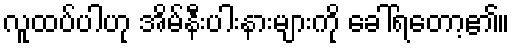
လူထပ်ပါဟု အိမ်နီးပါးနားများကို ခေါ်ရတော့၏။